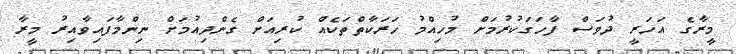
މީރާގެ އަހަރީ ދުވަސް ފާހަގަކުރުމަށް މުހިއްމު ހަރަކާތްތަކެއް ކުރިއަށް ގެންދިއުމަށް ނިންމާފައިވާއިރު މީރާ